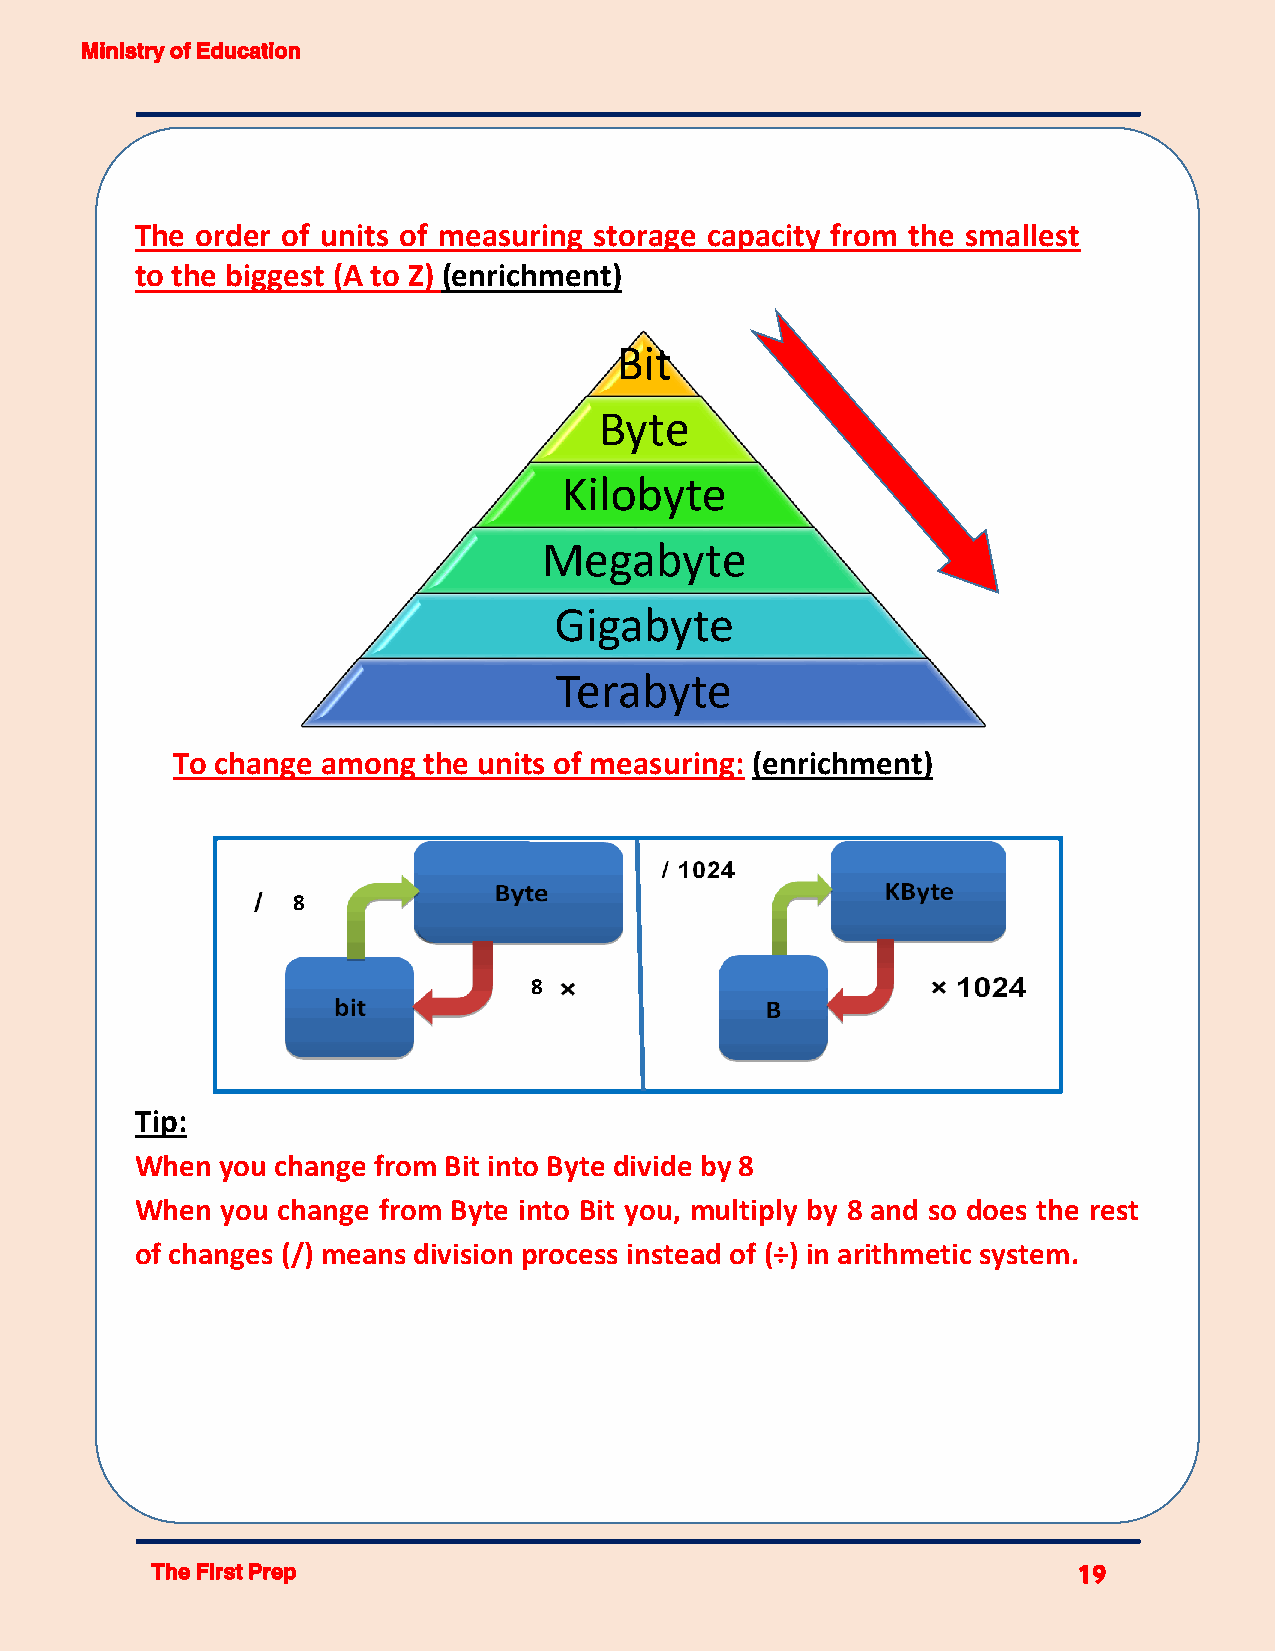
Ministry of Education
 The order of units of measuring storage capacity from the smallest
 to the biggest (A to Z) (enrichment)
 Bit
 Byte
 Kilobyte
 Megabyte
 Gigabyte
 Terabyte
 To change among  the units of measuring: (enrichment)
 8
 8
 Tip:
 When  you change from Bit into Byte divide by 8
 When  you change from Byte into Bit you, multiply by 8 and so does the rest
 of changes (/) means division process instead of (÷) in arithmetic system.
 The First Prep                                               19